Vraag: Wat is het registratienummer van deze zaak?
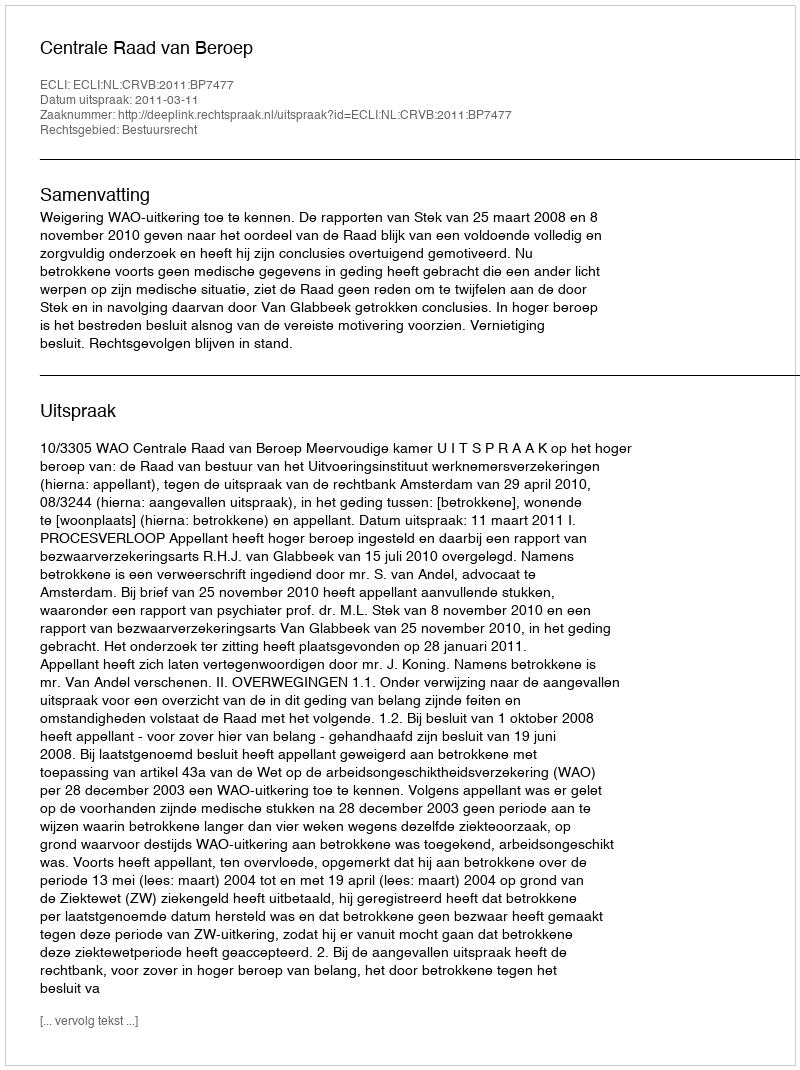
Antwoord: http://deeplink.rechtspraak.nl/uitspraak?id=ECLI:NL:CRVB:2011:BP7477